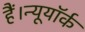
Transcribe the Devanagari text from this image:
हैं।न्यूयॉर्क